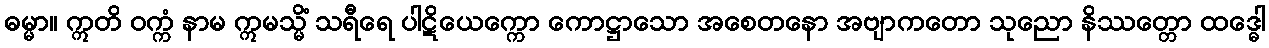
ဓမ္မာ။ ဣတိ ဝက္ကံ နာမ ဣမသ္မိံ သရီရေ ပါဋိယေက္ကော ကောဋ္ဌာသော အစေတနော အဗျာကတော သုညော နိဿတ္တော ထဒ္ဓေါ